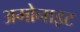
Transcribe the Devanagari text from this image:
अमोनाइट